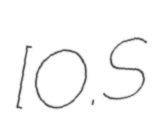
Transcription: [O.S